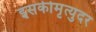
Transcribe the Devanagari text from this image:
इसकीमृत्युदर